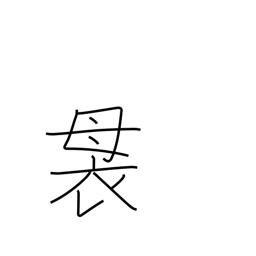
Meaning: top